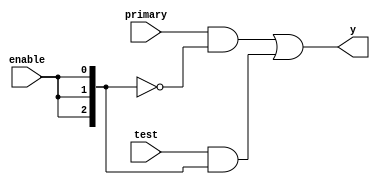
`timescale 1ns / 1ps

module mux(input [2:0] primary, input [2:0] test, input enable, output [2:0] y);

wire [2:0] en; 
assign en = {enable, enable, enable};
wire [2:0] enNot, out1, out2;

assign enNot = ~en;
assign out1 = primary & enNot;
assign out2 = test & en;
assign y = out1 | out2;

endmodule